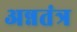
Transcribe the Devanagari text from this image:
अन्नतंत्र